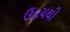
ઉદયથી